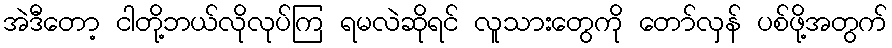
အဲဒီတော့ ငါတို့ဘယ်လိုလုပ်ကြ ရမလဲဆိုရင် လူသားတွေကို တော်လှန် ပစ်ဖို့အတွက်